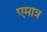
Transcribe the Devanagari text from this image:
एमात्र